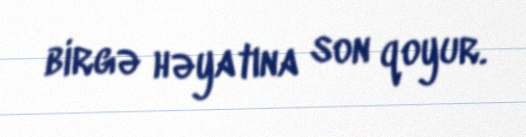
birgə həyatına son qoyur.